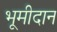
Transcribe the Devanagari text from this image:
भूमीदान